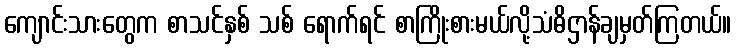
ကျောင်းသားတွေက စာသင်နှစ် သစ် ရောက်ရင် စာကြိုးစားမယ်လို့သံဓိဌာန်ချမှတ်ကြတယ်။